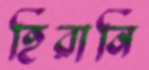
হিরানি